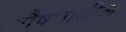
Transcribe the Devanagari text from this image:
औषधातील